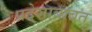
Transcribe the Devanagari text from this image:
प्रदेशाबाबत